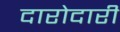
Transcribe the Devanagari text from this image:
दारोदारी